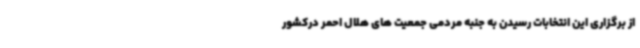
از برگزاری این انتخابات رسیدن به جنبه مردمی جمعیت های هلال احمر درکشور